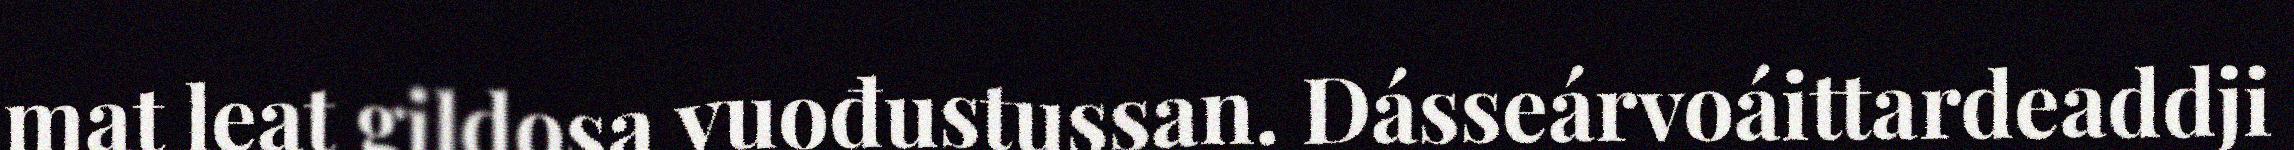
mat leat gildosa vuođustussan. Dásseárvoáittardeaddji